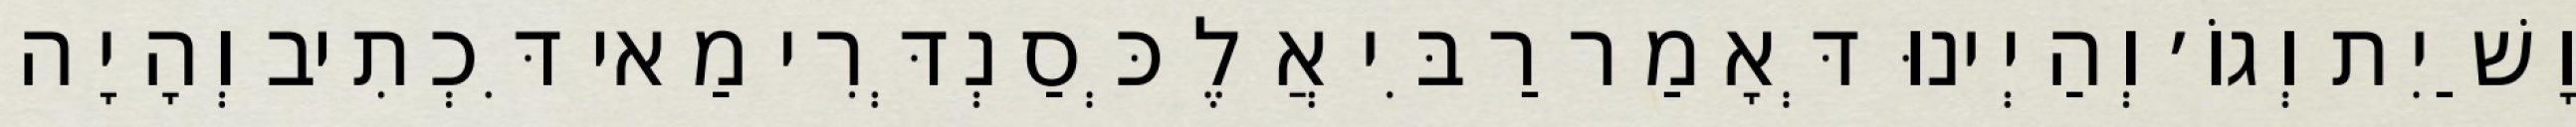
וָשַׁיִת וְגוֹ׳ וְהַיְינוּ דְּאָמַר רַבִּי אֲלֶכְּסַנְדְּרִי מַאי דִּכְתִיב וְהָיָה